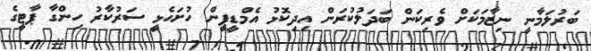
ބަރުލަމާނީ ނިޒާމަކަށް ވެރިކަން ބަދަލުކުރަން އިދިކޮޅު އެމްޑީޕީން ހުށަހެޅީ ސަރުކާރު ހިންގާ ޕާޓީގެ